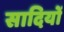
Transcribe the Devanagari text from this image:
सादियों